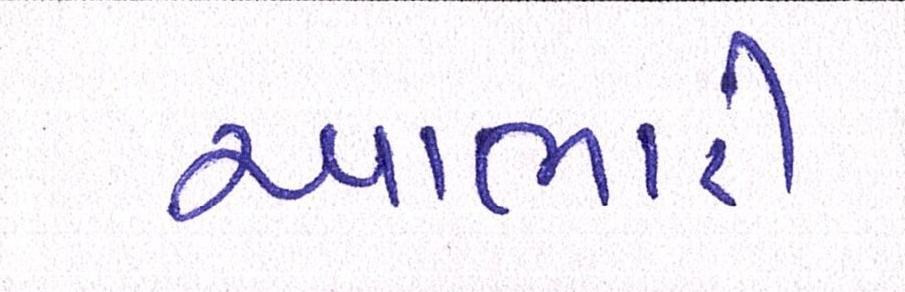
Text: આભારી